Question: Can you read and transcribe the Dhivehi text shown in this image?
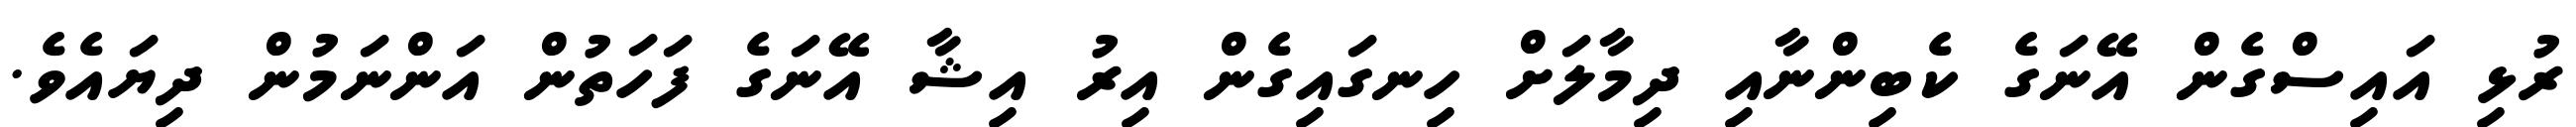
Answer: ރުޅި އައިސްގެން އޭނަގެ ކެބިންނާއި ދިމާލަށް ހިނގައިގެން އިރު އިޝާ އޭނަގެ ފަހަތުން އަންނަމުން ދިޔައެވެ.